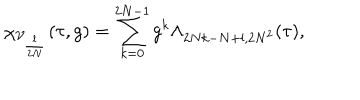
\chi _ { \mathcal { V } _ { \frac { l } { 2 N } } } ( \tau , g ) = \sum _ { k = 0 } ^ { 2 N - 1 } g ^ { k } \Lambda _ { 2 N k - N + l , 2 N ^ { 2 } } ( \tau ) ,